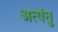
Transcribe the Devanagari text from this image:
अत्यंतु